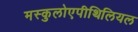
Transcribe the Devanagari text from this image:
मस्कुलोएपीथिलियल